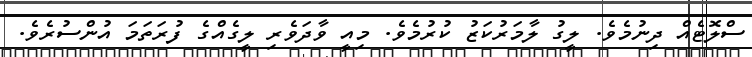
ސްލޮޓެއް ދިނުމެވެ. ލީގު ލާމަރުކަޒު ކުރުމެވެ. މިއީ ވާދަވެރި ލީގެއްގެ ފުރަތަމަ އުންސުރެވެ.